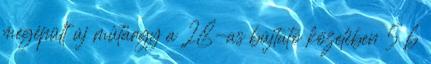
megépült új mûtárgy a 28-as bújtató közelében 5 6